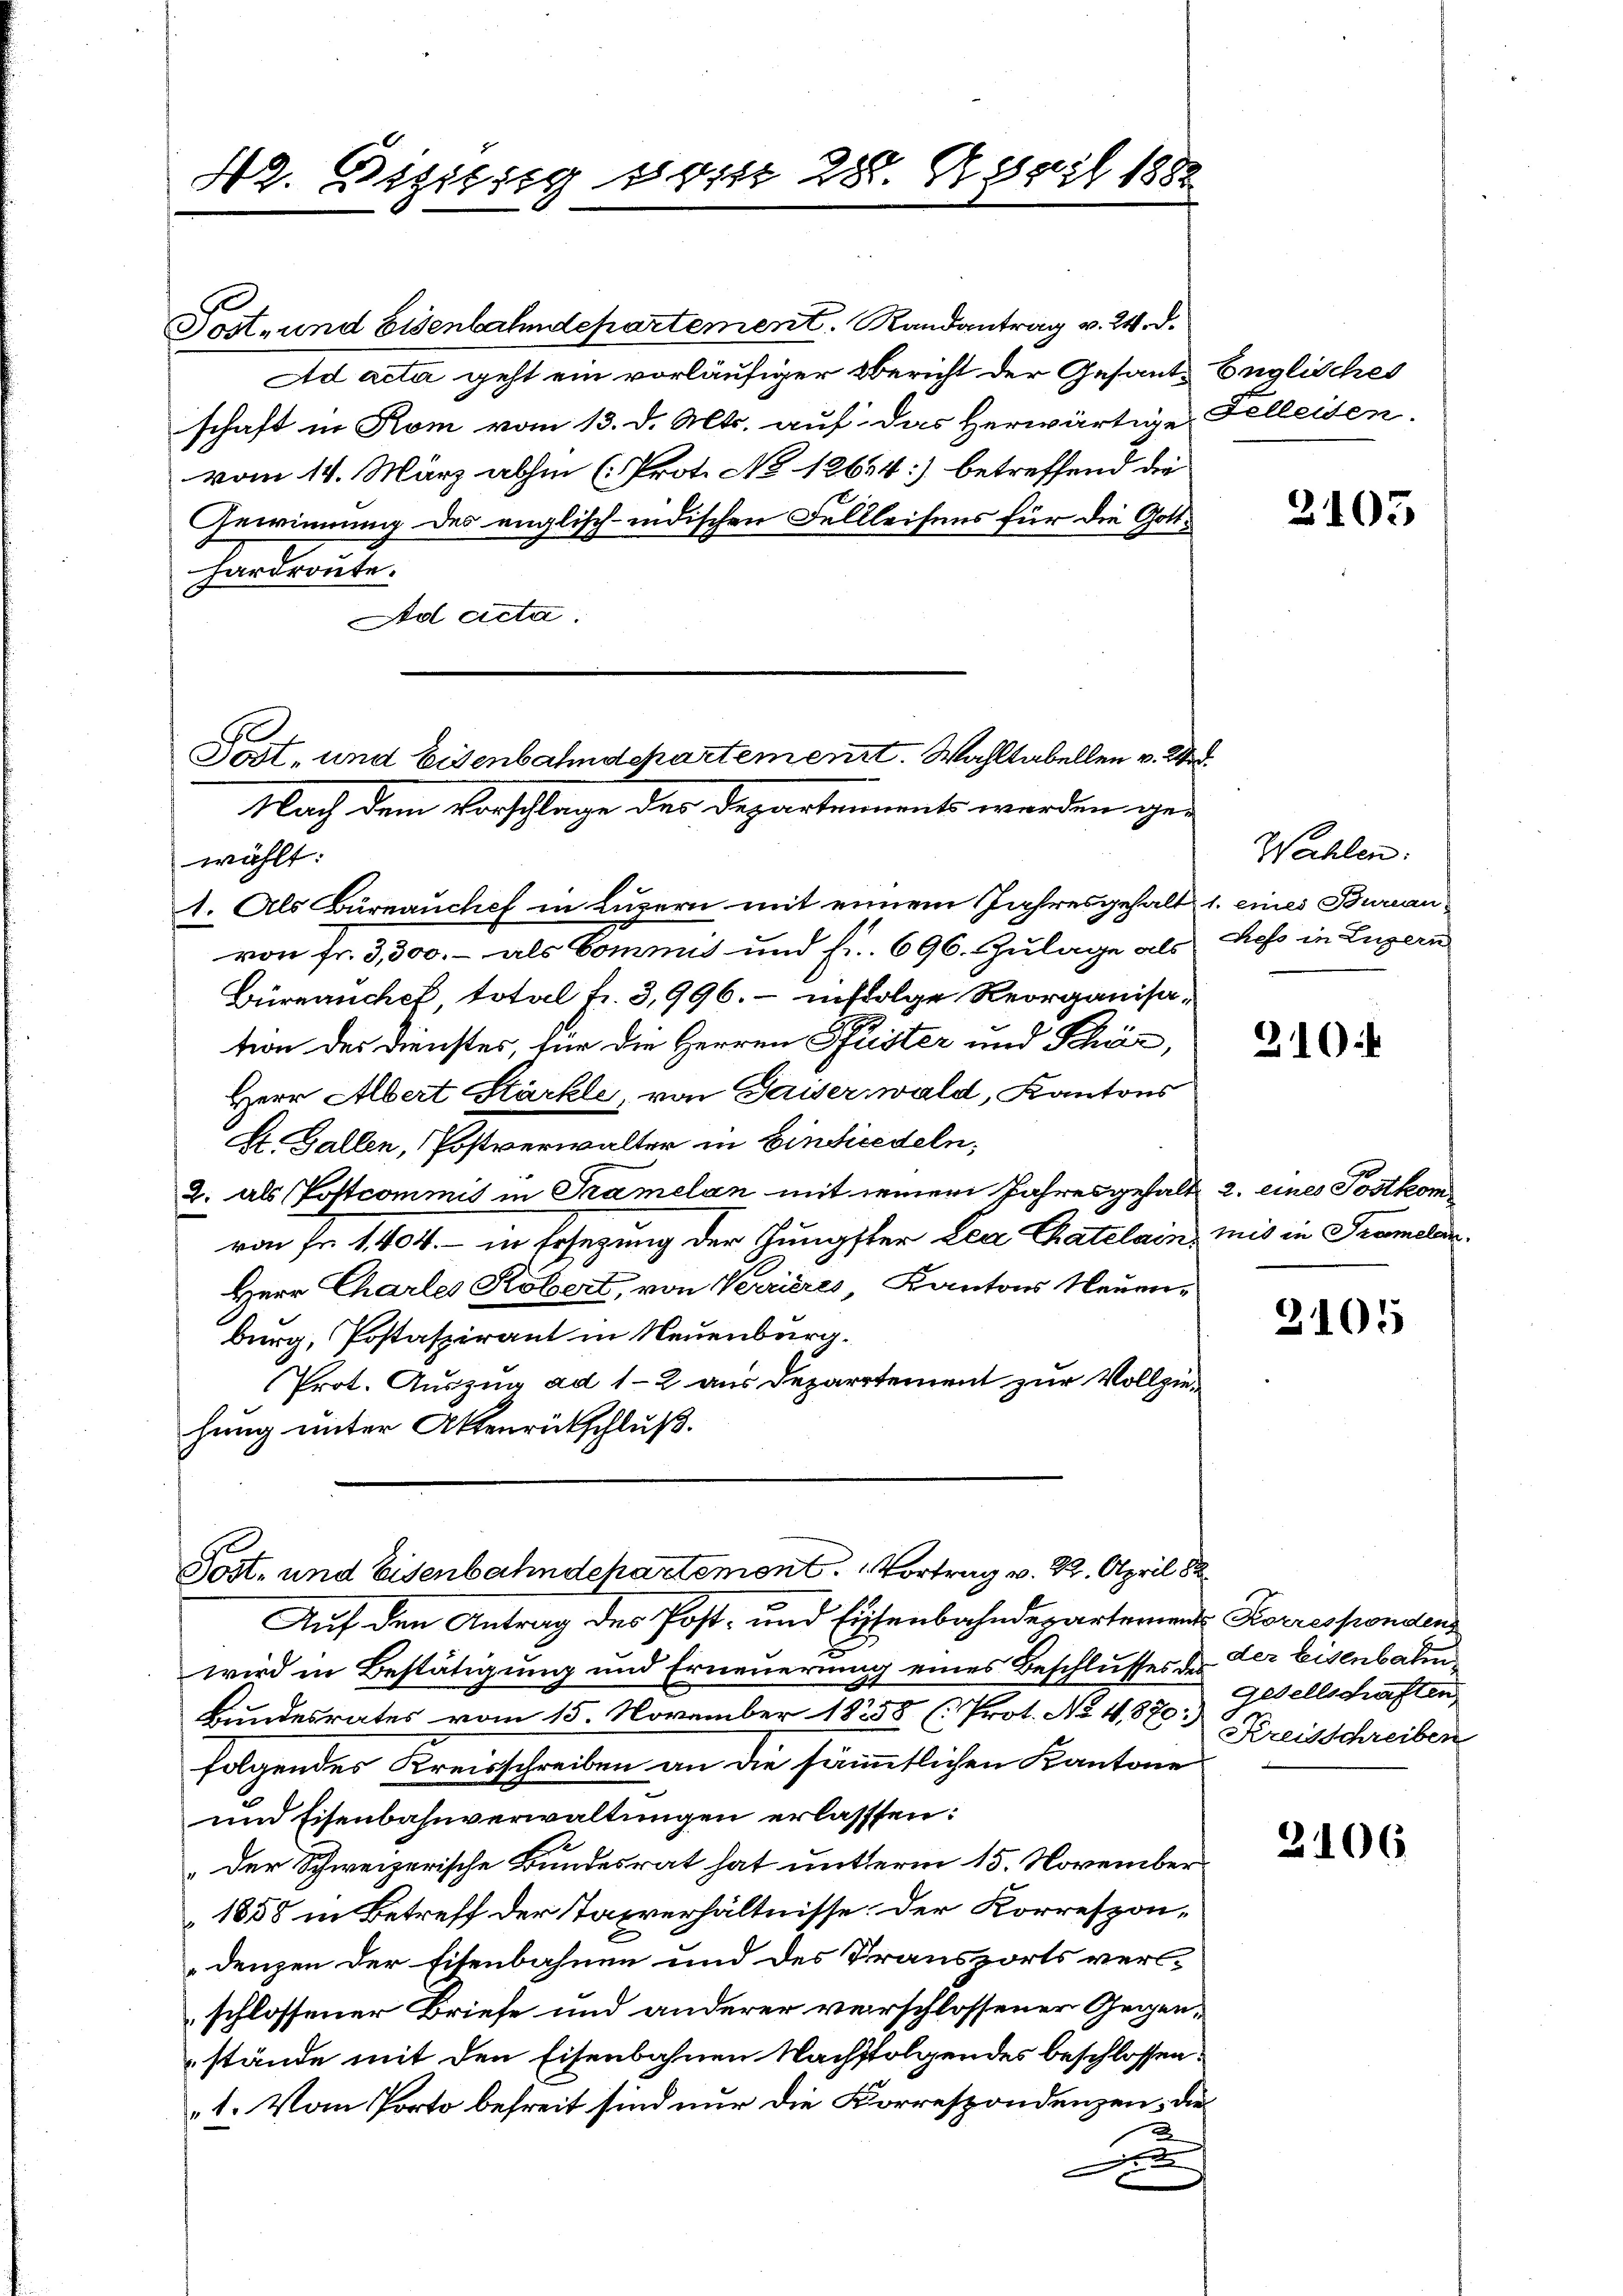
42. Beziesig vom 28. April 1882

Tost- und Eisenbahndepartement. Randantrag v. 24. d.
Ad acta geht ein vorläufiger Bericht der Gesante Englisches
schaft in Rom vom 13. d. Mts. auf das herwärtige Felleiden.
vom 14. März abhin (Prot. No 12654] betreffend die
Gewinnung des englisch-indischen Fellleisens für die Gott¬
Hardraute.
Ad Acta.
Post, und Eisenbahndepartement. Wahltabellen v. 2

Nach dem Vorschlage der Departements werden ge-

wählt:
1. Als Bürnauchef in Luzern mit einem Jahresgehalt 1. eines Bureau
von fr. 3,500.- als Commis und Fr. 696. Zulage als
Büreanchef, total Fr. 3,996.- infolge Reorganisation des Dienstes, für die Herren Pfister und Schör,
Herr Albert Stärkle, von Gaiser wald, Kantons
E. Gallen, Postverwalter in Einsicedeln;
2. als Postcommis in Tramelan mit seinem Jahresgehalt 2. eines Postkom
von Fr. 1404. - in Ersezung der Jüngster Lea Chatelain, mit in Trameln
Herr Charles Köbert, von Verrières, Kantons Neuenburg, Postaszirant in Neuenburg.
Prot. Auszug ad 1-2 aus Departement zur Vollziehung unter Aktenrückschluß.

Post- und Eisenbahndepartement. Vortrag v. 22. April 88

Auf den Antrag des Post- und Eisenbahndepartementes Korrespondens
wird in Bestätigung und Erneuerung eines Beschlusses der der Eisenbahn¬
Bundesrates vom 15. November 18258 (Prot. No 4,870. Kreisschreiben
folgendes Kreisschreiben an die sämmtlichen Kantone
und Eisenbahnverwaltungen erlassen:
Der Schweizerische Bundesrat hat unterm 15. November
1858 in Betreff der Taxverhältnisse. Der Korrespondenzen der Eisenbahnen und des Transports versschlossener Briefe und anderer verschlossener Gegenstände mit den Eisenbahnen Nachfolgendes beschlossen:
1. Vom Porto befreit sind nur die Korrespondenzen, die
2
D

2105

Wahlen:
Refo in Luzern

310

2105

Gesellschaften

2106